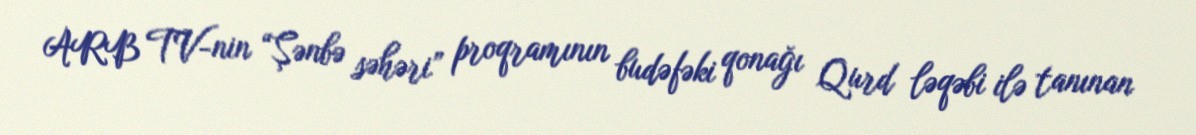
ARB TV-nin “Şənbə səhəri” proqramının budəfəki qonağı Qurd ləqəbi ilə tanınan